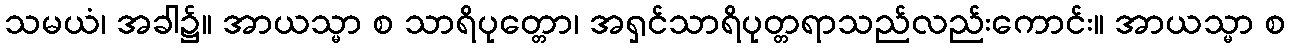
သမယံ၊ အခါ၌။ အာယသ္မာ စ သာရိပုတ္တော၊ အရှင်သာရိပုတ္တရာသည်လည်းကောင်း။ အာယသ္မာ စ